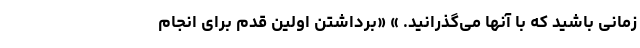
زمانی باشید که با آنها می‌گذرانید. » «برداشتن اولین قدم برای انجام